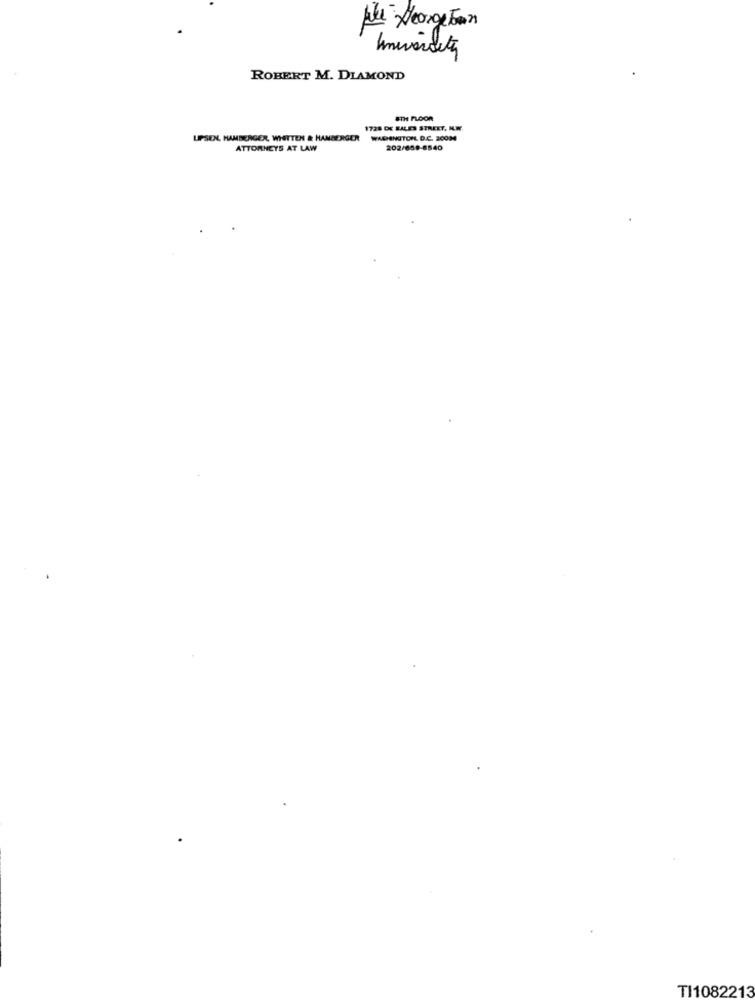
que Meangetan
ROBERT M. DIAMOND
8TH FLOOR
1728 DE SALES STREET, IL.W
UPSEL HAMBERGER, WHITTEN & HANBERGER
WASHINGTOPL D.C. 30034
ATTORNEYS AT LAW
202/659-8540
TI1082213